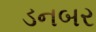
ડનબર